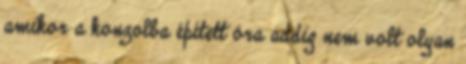
amikor a konzolba épített óra addig nem volt olyan